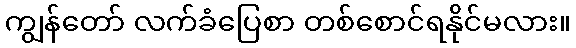
ကျွန်တော် လက်ခံပြေစာ တစ်စောင်ရနိုင်မလား။